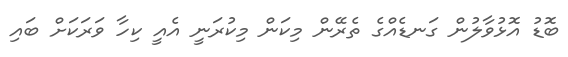
ބޮޑު އޮޅުވާލުން ގަނޑެއްގެ ތެރޭން މިކަން މިކުރަނީ އެއީ ކިހާ ވަރަކަށް ބައި